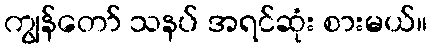
ကျွန်တော် သနပ် အရင်ဆုံး စားမယ်။